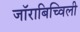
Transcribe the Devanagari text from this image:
जॉराबिच्विली